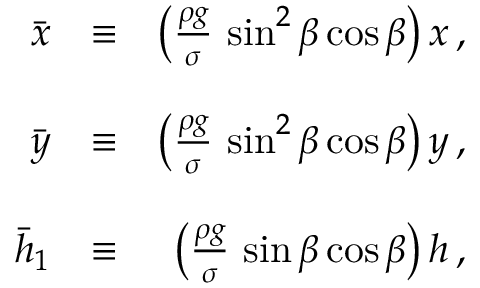
\begin{array} { r l r } { \bar { x } } & { \equiv } & { \left( \frac { \rho g } { \sigma } \, \sin ^ { 2 } \beta \cos \beta \right) x \, , } \\ & { } & \\ { \bar { y } } & { \equiv } & { \left( \frac { \rho g } { \sigma } \, \sin ^ { 2 } \beta \cos \beta \right) y \, , } \\ & { } & \\ { \bar { h } _ { 1 } } & { \equiv } & { \left( \frac { \rho g } { \sigma } \, \sin \beta \cos \beta \right) h \, , } \end{array}